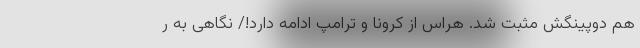
هم دوپینگش مثبت شد. هراس از کرونا و ترامپ ادامه دارد!/ نگاهی به ر